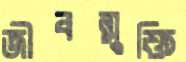
জীবন্মুক্তি